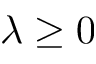
\lambda \geq 0